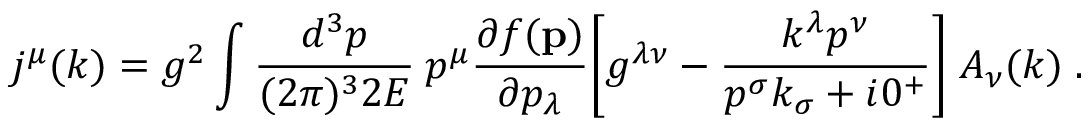
j ^ { \mu } ( k ) = g ^ { 2 } \int { \frac { d ^ { 3 } p } { ( 2 \pi ) ^ { 3 } 2 E } } \: p ^ { \mu } { \frac { \partial f ( { \bf p } ) } { \partial p _ { \lambda } } } \Bigg [ g ^ { \lambda \nu } - { \frac { k ^ { \lambda } p ^ { \nu } } { p ^ { \sigma } k _ { \sigma } + i 0 ^ { + } } } \Bigg ] \; A _ { \nu } ( k ) \; .